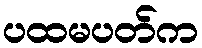
ပထမပတ်က